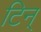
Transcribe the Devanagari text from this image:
टिन्